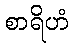
စာရိဟံ